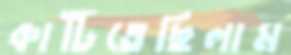
কাটিতেছিলাম